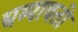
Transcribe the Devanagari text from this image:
चम्पावती